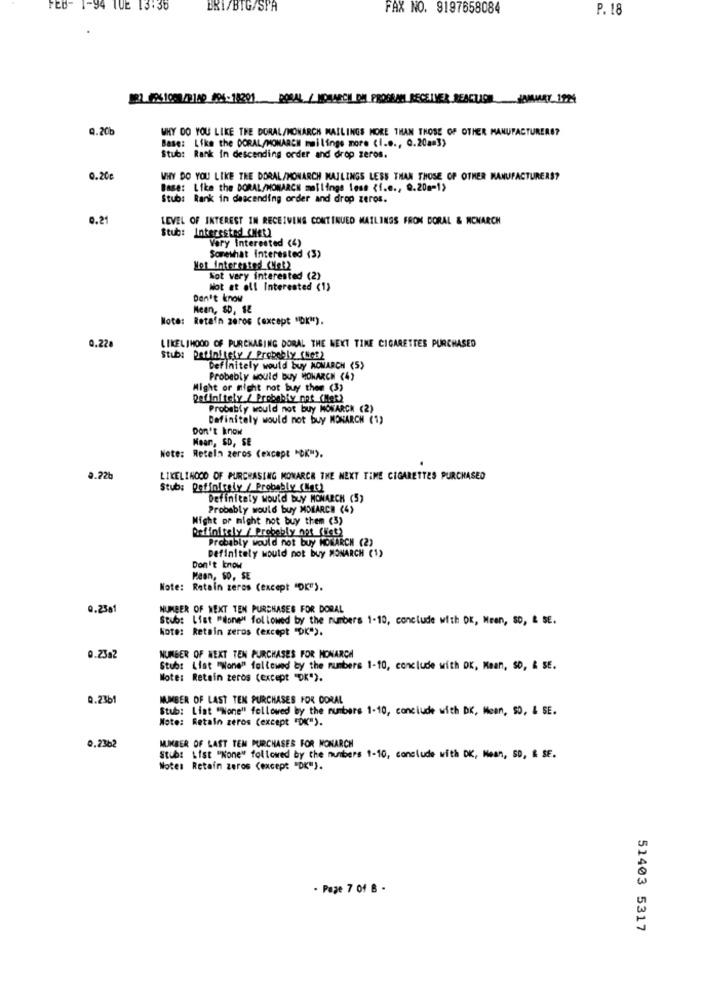
FEB- 1-94 TUE 13:35
BRI/BTG/SPA
FAX NO. 9197658084
P. 18
0100 /PIA9 /03-18891 PORAL / MONARCH DE PROGRAM RECEIVER REAGUO HOMARY_1929
0.20b
WHY DO YOU LIKE THE DORAL/MONARCH MAILINGS MORE THAN THOSE OF OTHER MANUFACTURERS?
Base: Like the CORAL/MONARCH mailings more (I.e ., Q.20am3)
Stub: Rank in descending order and drop zeros.
0.20€
WHY DO YOU LIKE THE DORAL/MONARCH MAILINGS LESS THAN THOSE OF OTHER MANUFACTURERS?
Base: Like the DORAL/MONARCH mallings less <i.e ., Q.20m-1)
Stub: Rank in descending order and drop zeros.
0.21
LEVEL OF INTEREST IN RECEIVING CONTINUED MAILINGS FRON DORAL & MONARCH
Stub: Interested (lets
Very interested <4)
Somewhat interested (3)
Not Interested (Het2
Kot very interested (2)
Not at oll Interested (1)
Don't know
Mean, SD, 12
Note: Retain zeros (except "OK").
0.22g
LIKELIHOOD OF PURCHASING DORAL THE NEXT TIME CIGARETTES PURCHASED
Stub: Definitely / Probably (Cet)
Definitely would buy MONARCH (5)
Probably would buy MONARCH (4)
Might or might not buy then (3)
Definitely / Probably not (Her)
Probably would not buy MONARCH (2)
Definitely would not buy MONARCH (1)
Don't know
Mean, SD, SE
Note: Reteln zeros (except "OK").
0.22b
LIKELIHOOD OF PURCHASING MONARCH THE NEXT TIME CIGARETTES PURCHASED
Stub: Definitely / Probably (Nat)
Definitely would buy MOMARCH (5)
Probably would buy MOIARCE (4)
Night or might not buy them (3)
Definitely / Probably not (Fet)
Probably would not buy MONARCH (2)
Definitely would not buy MONARCH (1)
Don't know
Moon, $o, SE
Note: Retain zeros (except "OK").
0.23g1
NUMBER OF NEXT TEN PURCHASES FOR DORAL
Stub: List "done" followed by the numbers 1-10, conclude with OK, Meen, SD, & SE.
kote: Retain zeros (except "OK").
0.23a2
NUMBER OF NEXT TEN PURCHASES FOR MONARCA
Stub: List "Wone" followed by the numbers 1-10, conclude with OK, Mean, SO, & SE.
Note: Retain zeros (except "OK").
0.2361
NUMBER OF LAST TEN PURCHASES FOR DORAL
Stub: List "None" followed by the numbers 1-10, conclude with DK, Mean, SO, & SE.
Note: Retain zeros (except "OK").
0,2362
MUMBER OF LAST TEM PURCHASES FOR MONARCH
Stub: List "None" followed by the numbers 1-10, conclude with DK, Mean, SD, & SE.
Note: Retain zeros (except "DK").
- Page 7 of 8 -
51403 5317